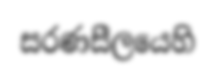
සරණසීලයෙහි